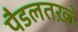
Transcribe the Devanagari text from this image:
पैडलतख़्ते